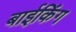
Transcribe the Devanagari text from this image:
बाईकिंग